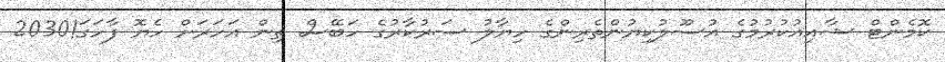
ކޮމެންޓް ޝާއިއުކުރުމުގެ އުސޫލުކިޔުންތެރިންގެ ހިޔާލު ސަރުކާރުގެ ހަބޭސް ތިން އަހަރަށް ހެޔޮ ފާހަގަ!2030